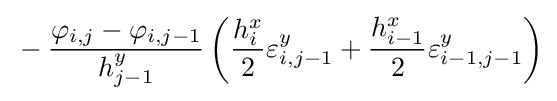
{}-{\frac {\varphi _{i,j}-\varphi _{i,j-1}}{h_{j-1}^{y}}}\left({\frac {h_{i}^{x}}{2}}\varepsilon _{i,j-1}^{y}+{\frac {h_{i-1}^{x}}{2}}\varepsilon _{i-1,j-1}^{y}\right)